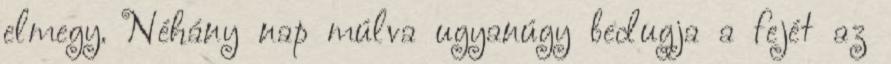
elmegy. Néhány nap múlva ugyanúgy bedugja a fejét az